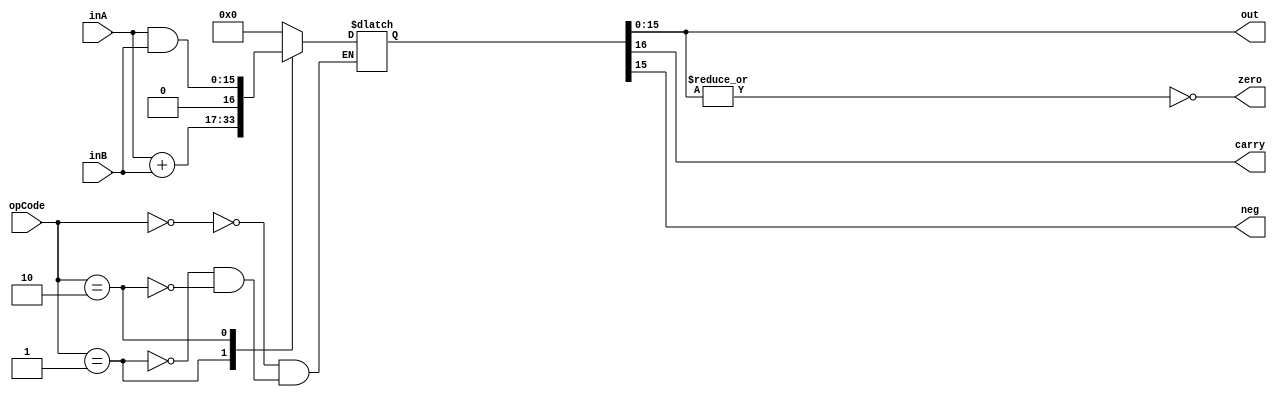
`timescale 1ns / 1ps
//////////////////////////////////////////////////////////////////////////////////
// Company: 
// Engineer: 
// 
// Design Name: 
// Module Name: alu
// Project Name: 
// Target Devices: 
// Tool Versions: 
// Description: 
// 
// Dependencies: 
// 
// Revision:
// Revision 0.01 - File Created
// Additional Comments:
// 
//////////////////////////////////////////////////////////////////////////////////


module alu(
    input [15:0] inA,
    input [15:0] inB,
    input [2:0] opCode,
    output [15:0] out,
    output zero,
    output carry,
    output neg
    );
    
    reg [16:0] result;
    always @ (inA, inB, opCode) begin
    case(opCode)
        3'b000: result = 0;        
        3'b001: result = inA + inB;
        3'b010: result = inA & inB;           
        
     endcase 
     end //always
     
     assign zero = ~|result[15:0]; // if any bits are 1, then zero is not true
     assign neg = result[15];
     assign carry = result[16];
     assign out = result[15:0];
     
        
    
endmodule